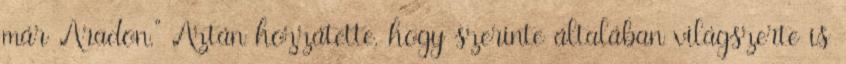
már Aradon.” Aztán hozzátette, hogy szerinte általában világszerte is